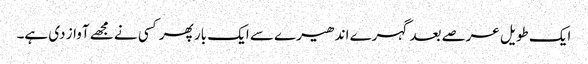
ایک طویل عرصے بعد گہرے اندھیرے سے ایک بار پھر کسی نے مجھے آواز دی ہے۔